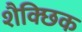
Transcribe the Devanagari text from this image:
शैक्छिक